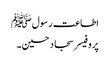
اطاعت رسولﷺ
پروفیسر سجاد حسین۔